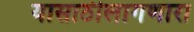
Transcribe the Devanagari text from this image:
यासाठीलागणारा